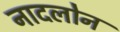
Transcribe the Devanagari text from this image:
नादलोन